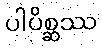
ပါပိစ္ဆဿ